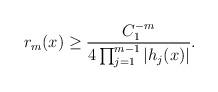
LaTeX: \begin{align*}r_m(x)\geq \frac{C_1^{-m}}{4 \prod_{j=1}^{m-1} |h_j(x)|}.\end{align*}